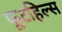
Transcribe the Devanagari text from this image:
फूटहिल्स